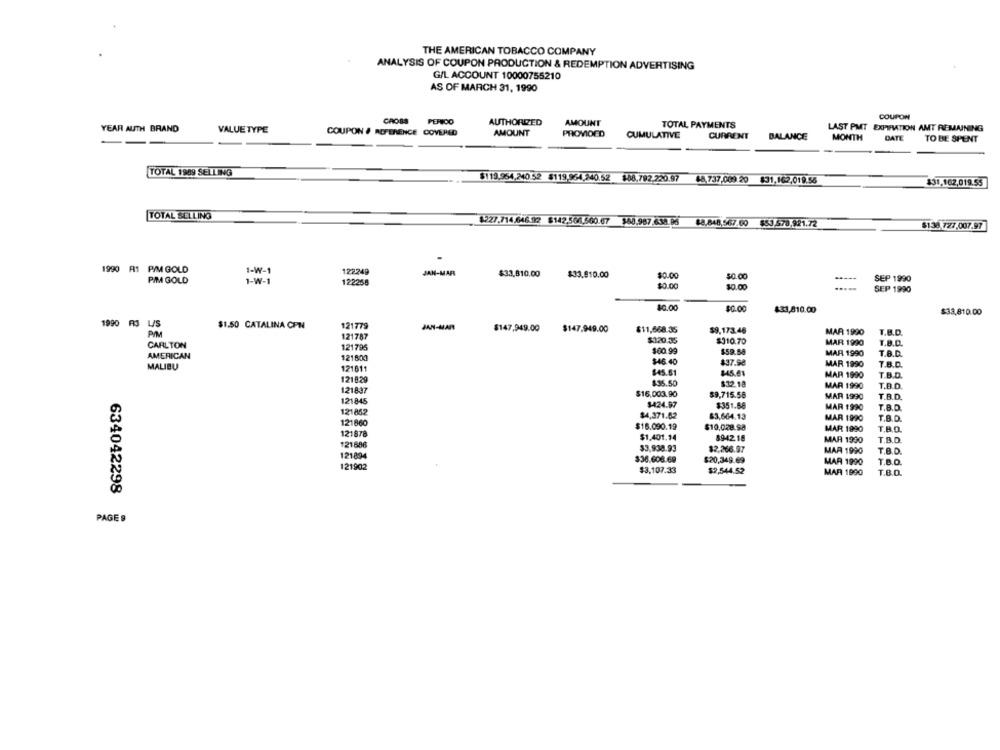
THE AMERICAN TOBACCO COMPANY
ANALYSIS OF COUPON PRODUCTION & REDEMPTION ADVERTISING
G/L ACCOUNT 10000755210
AS OF MARCH 31, 1990
CROSS
AMOUNT
COUPON
AUTHORIZED
TOTAL PAYMENTS
LAST PMT EXPIRATION AMT REMAINING
YEAR AUTH BRAND
VALUE TYPE
COUPON # REFERENCE COVERED
AMOUNT
PROVIDED
CUMULATIVE
CURRENT
BALANCE
MONTH
DATE
TO BE SPENT
TOTAL 1989 SELLING
$119.964,240.52 5119,964,240.52 888,792.220.97
LA, 737,009 20 $31,162,019.56
$31,162,019.55
TOTAL SELLING
1227.714.646 92 $142.566.500.67 568.987.638.96 88.848.567.00 $53.578.921.72
$138 727,007.97
1990 R1 PIM GOLD
1-W-1
122249
JAN-MAR
$33,810.00
$33.910.00
$0.00
$0.00
SEP 1990
PIM GOLD
1-W-1
122258
$0.00
$0.00
SEP 1990
40.00
$0.00
423,810.00
$33,810.00
1990 RJ L/S
$1.50 CATALINA CPH
121779
$147,949.00
$147.949.00
$11,668.35
$9,173.46
MAR 1990
T.B.D.
PIN
121787
CARLTON
$120.35
$310.70
MAR 1990
1.B.D.
121795
$60.99
$59.58
MAR 1990
T.B.D.
AMERICAN
121800
$46.40
MALIBU
121611
$37.98
MAR 1990
7.B.D.
$45.61
MAR 1990
T.B.D.
121829
$35.50
$32.18
121837
MAR 1990
T.B.D.
$16,003.90
$9,715.58
MAR 1990
T.B.D.
121845
$424.97
$351.56
T.B.D.
121852
MAR 1990
$4,371.62
83,664.13
MAR 1990
T.B.D.
121860
$16.090.19
$10,028.98
MAR 1990
T.B.D.
121878
$1,401.14
8942.18
MAR 1990
T.S.D.
121696
$3,938.93
$2,266.97
MAR 1990
T.B.D.
121894
$36.608.69
$20,349.69
MAR 1990
T.B.O.
121902
$3,107.33
$2,544.52
MAR 1990
T.B.O.
634042298
PAGE 9